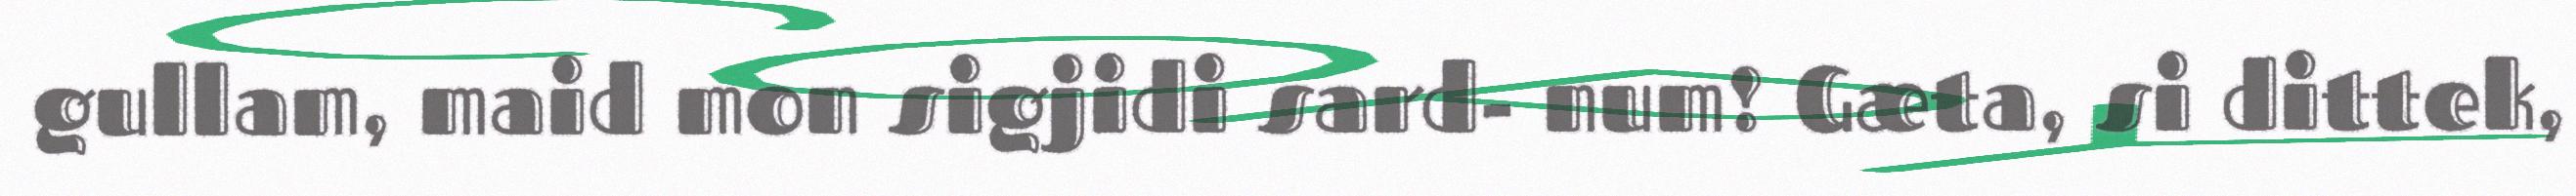
gullam, maid mon sigjidi sard- num! Gæta, si dittek,